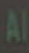
Al